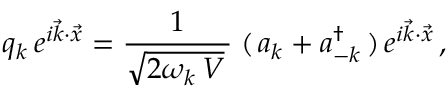
q _ { k } \, e ^ { i \vec { k } \cdot \vec { x } } = \frac { 1 } { \sqrt { 2 \omega _ { k } \, V } \, } \; ( \, a _ { k } + a _ { - k } ^ { \dag } \, ) \, e ^ { i \vec { k } \cdot \vec { x } } \, ,